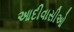
આદીવાસીઓ